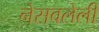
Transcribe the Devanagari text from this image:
नेसवलेली